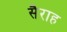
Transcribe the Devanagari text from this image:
सैराह